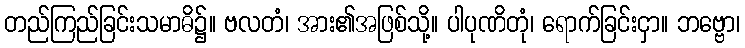
တည်ကြည်ခြင်းသမာဓိ၌။ ဗလတံ၊ အား၏အဖြစ်သို့။ ပါပုဏိတုံ၊ ရောက်ခြင်းငှာ။ ဘဗ္ဗော၊